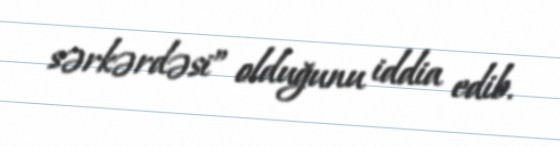
sərkərdəsi” olduğunu iddia edib.